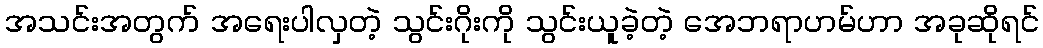
အသင်းအတွက် အရေးပါလှတဲ့ သွင်းဂိုးကို သွင်းယူခဲ့တဲ့ အေဘရာဟမ်ဟာ အခုဆိုရင်